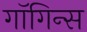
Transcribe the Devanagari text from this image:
गाॅगिन्स